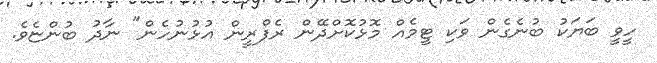
ހީވީ ބަޔަކު ބުނެގެން ވަކި ޓީމެއް މޮޅުކޮށްދޭން ރެފްރީން އުޅުނުހެން" ނާދު ބުންޏެވެ.